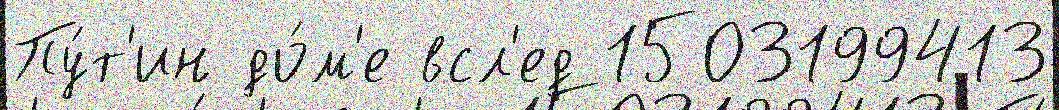
Пу́т'ин до́м'е всл'ед 1503199413